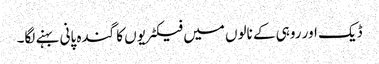
ڈیک اور روہی کے نالوں میں فیکٹریوں کا گندہ پانی بہنے لگا۔